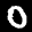
Label: 0